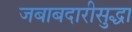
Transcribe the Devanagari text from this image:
जबाबदारीसुद्धा